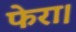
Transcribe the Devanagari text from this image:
फेरा।